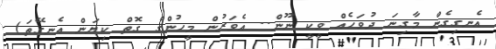
އެނގިގެން މާގިނަ ދުވަހެއް ވީކީ ނޫން.. އެވަރުން މީހުންގެ ގޮތް ކިޔަން އެނގޭތަ)